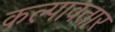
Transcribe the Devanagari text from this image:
कल्पावतार